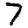
Digit: 7